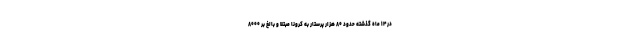
در ۱۴ ماه گذشته حدود ۸۰ هزار پرستار به کرونا مبتلا و بالغ بر ۸۰۰۰